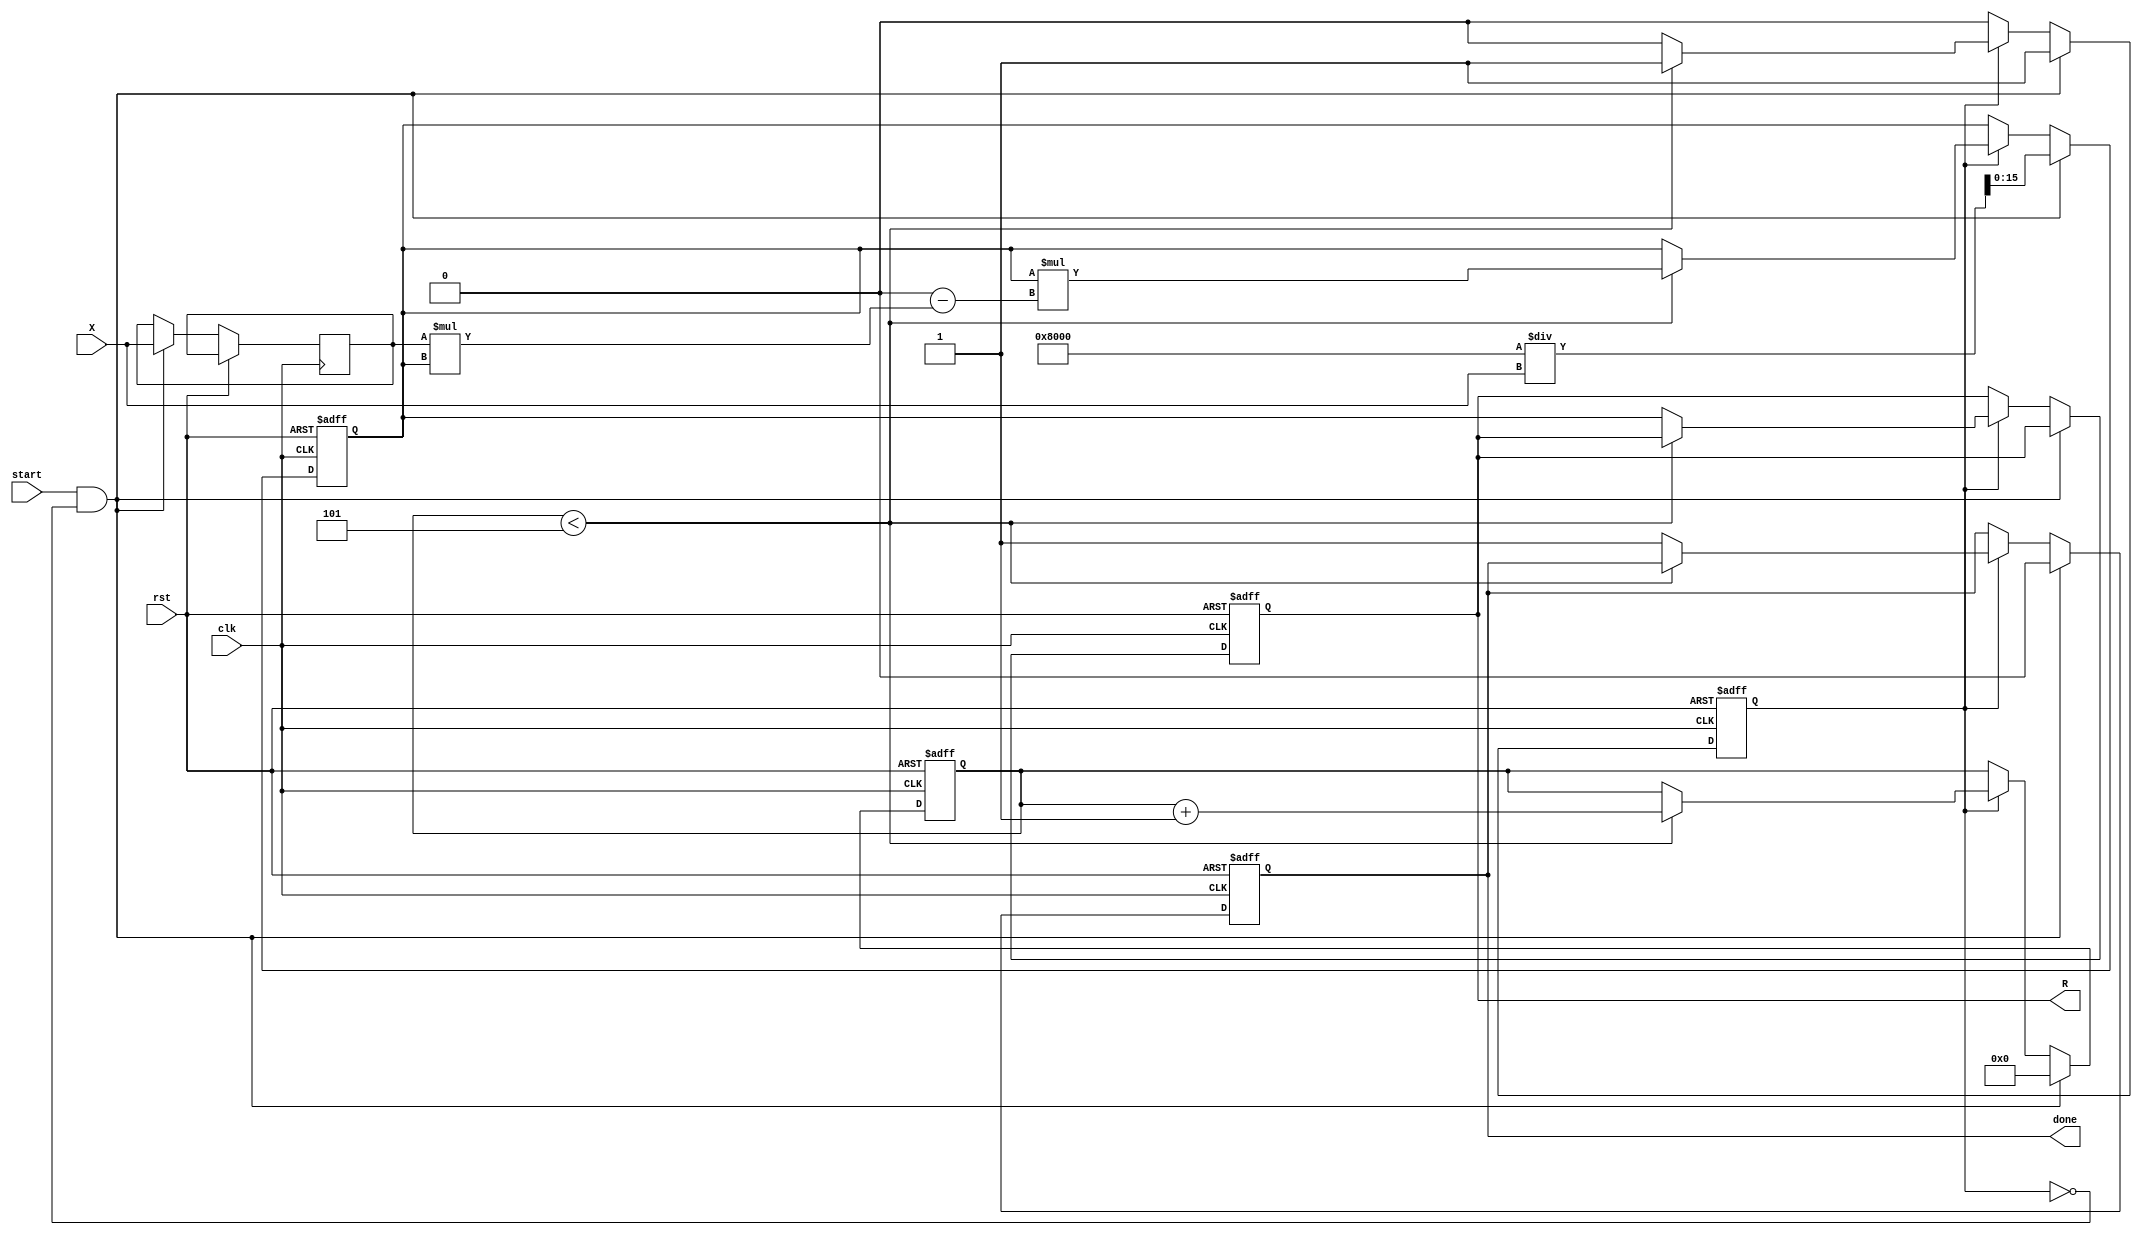
module newton_raphson_reciprocal #(
    parameter N = 16, // Input width
    parameter M = 16, // Output width
    parameter K = 5   // Number of iterations
)(
    input wire clk,
    input wire rst,
    input wire start,
    input wire [N-1:0] X,
    output reg [M-1:0] R,
    output reg done
);

    reg [M-1:0] R_current; // Current estimate of the reciprocal
    reg [N-1:0] X_reg;     // Register to hold input X
    reg [3:0] iteration;    // Iteration counter
    reg computing;          // State to indicate computation in progress

    // Multiplier and Adder/Subtractor
    wire [M-1:0] X_R_product;
    wire [M-1:0] two_minus_XR;

    // Compute X * R
    assign X_R_product = X_reg * R_current;

    // Compute 2 - (X * R)
    assign two_minus_XR = {1'b0, {M-1{1'b0}}} - X_R_product; // 2 is represented as 2^M

    // State machine for control
    always @(posedge clk or posedge rst) begin
        if (rst) begin
            R <= 0;
            R_current <= 0;
            done <= 0;
            iteration <= 0;
            computing <= 0;
        end else begin
            if (start && !computing) begin
                // Initialize the computation
                X_reg <= X;
                R_current <= (1 << (M-1)) / X; // Initial guess R0 = 2^(M-1) / X
                iteration <= 0;
                computing <= 1;
                done <= 0;
            end else if (computing) begin
                if (iteration < K) begin
                    // Update R using the Newton-Raphson formula
                    R_current <= R_current * two_minus_XR;
                    iteration <= iteration + 1;
                end else begin
                    // Finalize the result
                    R <= R_current;
                    done <= 1;
                    computing <= 0;
                end
            end
        end
    end

endmodule